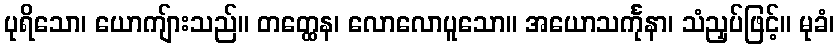
ပုရိသော၊ ယောကျ်ားသည်။ တတ္ထေန၊ လောလောပူသော။ အယောသင်္ကုနာ၊ သံညှပ်ဖြင့်။ မုခံ၊